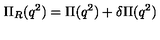
\Pi _ { R } ( q ^ { 2 } ) = \Pi ( q ^ { 2 } ) + \delta \Pi ( q ^ { 2 } )